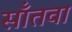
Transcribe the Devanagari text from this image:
साँतवा